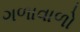
ગળાવાળો